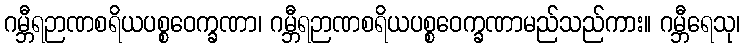
ဂမ္ဘီရဉာဏစရိယပစ္စဝေက္ခဏာ၊ ဂမ္ဘီရဉာဏစရိယပစ္စဝေက္ခဏာမည်သည်ကား။ ဂမ္ဘီရေသု၊